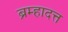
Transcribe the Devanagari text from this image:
ब्रम्हादत्त